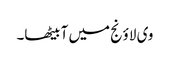
وی لاؤنج میں آ بیٹھا۔